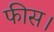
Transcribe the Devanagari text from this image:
फीस।